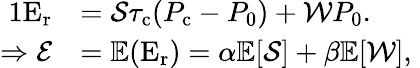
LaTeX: \begin{array}{rl}{{1}\mathrm{E}_{\mathrm{r}}}&{=\mathcal{S}\tau_{\mathrm{c}}(P_{\mathrm{c}}-P_{0})+\mathcal{W}P_{0}.}\\ {\Rightarrow\mathcal{E}}&{=\mathbb{E}(\mathrm{E}_{\mathrm{r}})=\alpha\mathbb{E}[\mathcal{S}]+\beta\mathbb{E}[\mathcal{W}],\; }\end{array}